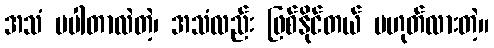
အသံ မပါတာလဲတဲ့၊ အသံလည်း ဖြစ်နိုင်တယ် မဟုတ်လားတဲ့။